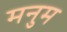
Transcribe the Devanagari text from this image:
मनुम